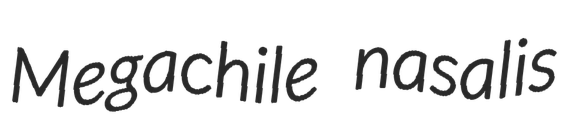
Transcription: Megachile nasalis